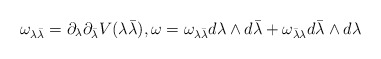
\begin{align*}{\omega_{\lambda {\bar{\lambda}}}} = {\partial_\lambda}{\partial_{\bar{\lambda}}} V(\lambda {\bar{\lambda}}), \omega = {\omega_{\lambda {\bar{\lambda}}}} d\lambda\wedge d{\bar{\lambda}} + {\omega_{{\bar{\lambda}}{\lambda}}} d{\bar{\lambda}}\wedge d{\lambda}\end{align*}